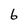
Character: 6